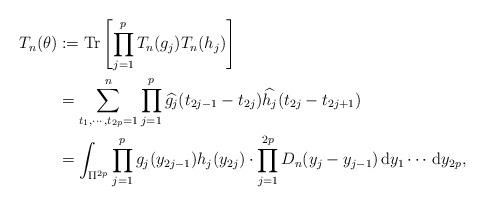
LaTeX: \begin{align*}T_{n}(\theta)&:=\mathrm{Tr}\left[\prod_{j=1}^pT_n(g_{j})T_n(h_{j})\right]\\&=\sum_{t_{1},\cdots,t_{2p}=1}^n\prod_{j=1}^p\widehat{g_{j}}(t_{2j-1}-t_{2j})\widehat{h_{j}}(t_{2j}-t_{2j+1})\\&=\int_{\Pi^{2p}}\prod_{j=1}^{p}g_{j}(y_{2j-1})h_{j}(y_{2j})\cdot\prod_{j=1}^{2p}D_{n}(y_{j}-y_{j-1})\,\mathrm{d}y_{1}\cdots\,\mathrm{d}y_{2p},\end{align*}